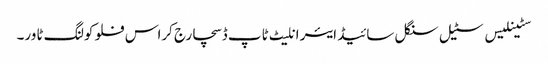
سٹینلیس سٹیل سنگل سائیڈ ایئر انلیٹ ٹاپ ڈسچارج کراس فلو کولنگ ٹاور۔